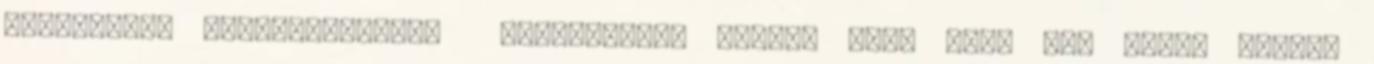
terheléses cukorvizsgálat Tökéletesen igazad van, hogy egy csomó minden